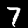
Label: 7